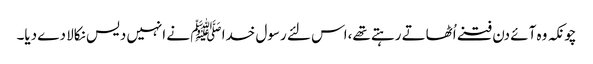
چونکہ وہ آئے دن فتنے اُٹھاتے رہتے تھے،اس لئے رسول خدا ﷺ نے انہیں دیس نکالا دے دیا۔